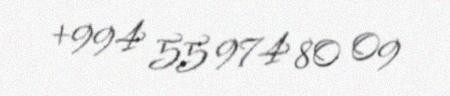
+994 55 974 80 09